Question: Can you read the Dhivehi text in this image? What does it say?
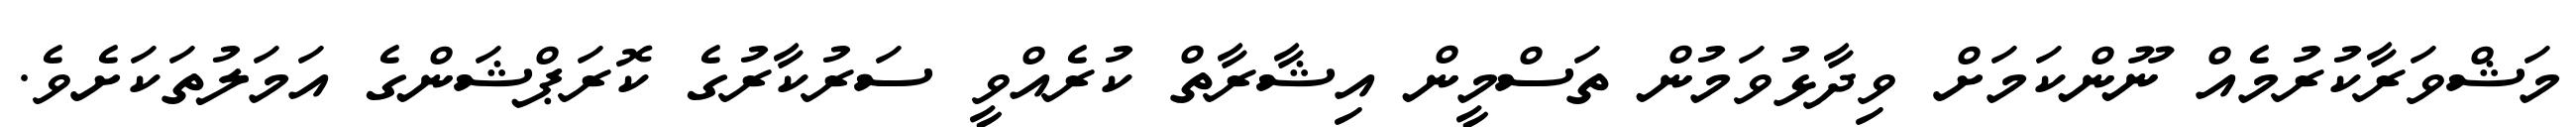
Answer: މަޝްވަރާކުރުމެއް ނޫންކަމަށް ވިދާޅުވަމުން ތަސްމީން އިޝާރާތް ކުރެއްވީ ސަރުކާރުގެ ކޮރަޕްޝަންގެ އަމަލުތަކަށެވެ.